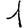
Digit: 1